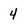
Character: 4